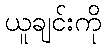
ယူချင်းကို